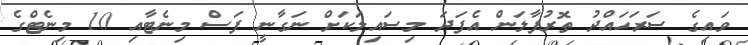
ވައިގެ ސަރަހައްދު ތޮރުފާލަން އެފަދަ މިސައިލަކަށް ނަގާނީ ފަސް މިނެޓާއި 10 މިނެޓްގެ